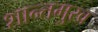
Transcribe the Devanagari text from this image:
शान्तमुख